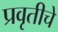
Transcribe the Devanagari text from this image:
प्रवृतीचे